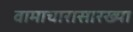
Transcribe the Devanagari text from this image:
वामाचारासारख्या